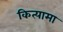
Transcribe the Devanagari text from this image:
कित्यामा